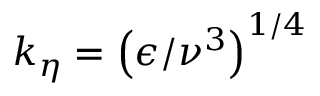
k _ { \eta } = \left( \epsilon / \nu ^ { 3 } \right) ^ { 1 / 4 }